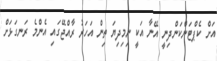
އަށް ކެޕްޓަންކަންދިނީ އޭނާ އަކީ ނިމިދިޔަ ތިން އަހަރު ރާއްޖޭގައި އެންމެ ރަނގަޅަށް